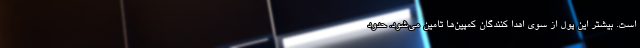
است. بیشتر این پول از سوی اهدا کنندگان کمپین‌‌ها تامین می‌شود. حدود